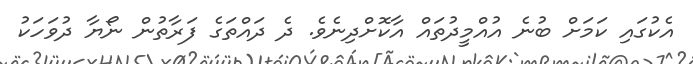
އެކުގައި ކަމަށް ބުނެ އުއްމީދުތައް އާކޮށްދިނެވެ. ދެ ދައްތަގެ ފަރާތުން ނޯޔާ ދުވަހަކު